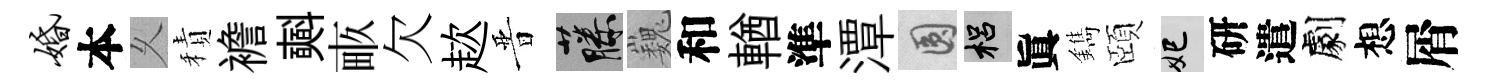
婚本乆積襜𣂏畞欠趑晋藤巍和輶準潭圓梠眞鐫頤妃研遣劇想屑